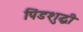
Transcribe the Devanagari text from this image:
पिंडशुद्धी